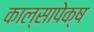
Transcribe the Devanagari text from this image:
काल्सापेक्ष